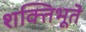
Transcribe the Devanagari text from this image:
शक्तिभूते